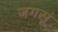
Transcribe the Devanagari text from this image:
जगसूं